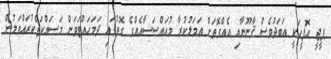
ޕީޖީ އޮފީހަކީ އަބަދުވެސް ޤާނޫނާއި އެއްގޮތަށް ޢަމަލުކުރާ މުއައްސަސާއެއްގެ ގޮތުގައި ދަމަހައްޓަވަން މަސައްކަތްކުރައްވަމުން